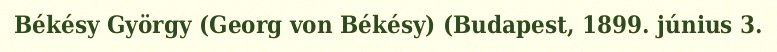
Békésy György (Georg von Békésy) (Budapest, 1899. június 3.